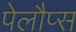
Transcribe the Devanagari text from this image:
पेलौप्स